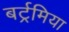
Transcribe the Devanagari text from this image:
बर्ट्रमिया